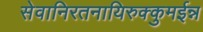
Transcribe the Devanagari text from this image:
सेवानिरतनायिरुक्कुमईन्न